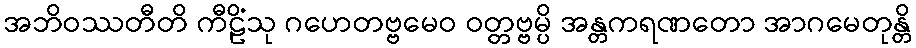
အဘိဝဿတီတိ ကီဠိံသု ဂဟေတဗ္ဗမေဝ ဝတ္တဗ္ဗမ္ပိ အန္တကရဏတော အာဂမေတုန္တိ